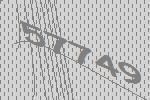
57749